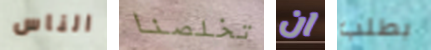
الناس تخلصنا ان بطلب